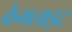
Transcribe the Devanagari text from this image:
केमलाइट